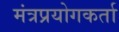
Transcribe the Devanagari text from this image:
मंत्रप्रयोगकर्ता